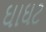
ઘાઘટ